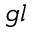
_ { g l }